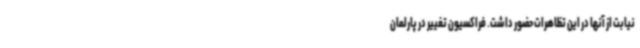
نیابت از آنها در این تظاهرات حضور داشت. فراکسیون تغییر در پارلمان